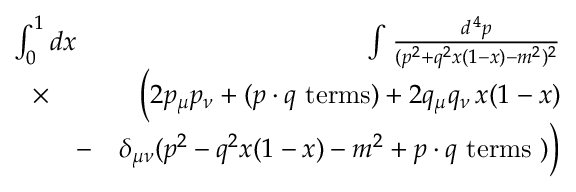
\begin{array} { r l r } { \int _ { 0 } ^ { 1 } d x \! \! \! \! \! \! } & { } & { \int { \frac { d ^ { \, 4 } p } { ( p ^ { 2 } + q ^ { 2 } x ( 1 - x ) - m ^ { 2 } ) ^ { 2 } } } } \\ { \times } & { } & { \Big ( 2 p _ { \mu } p _ { \nu } + ( p \cdot q \mathrm { \ t e r m s } ) + 2 q _ { \mu } q _ { \nu } \, x ( 1 - x ) } \\ & { - } & { \delta _ { \mu \nu } ( p ^ { 2 } - q ^ { 2 } x ( 1 - x ) - m ^ { 2 } + p \cdot q \mathrm { \ t e r m s \ } ) \Big ) } \end{array}